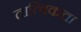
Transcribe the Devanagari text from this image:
तात्त्विकता